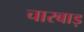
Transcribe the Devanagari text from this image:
चारबाड़